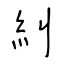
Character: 糾